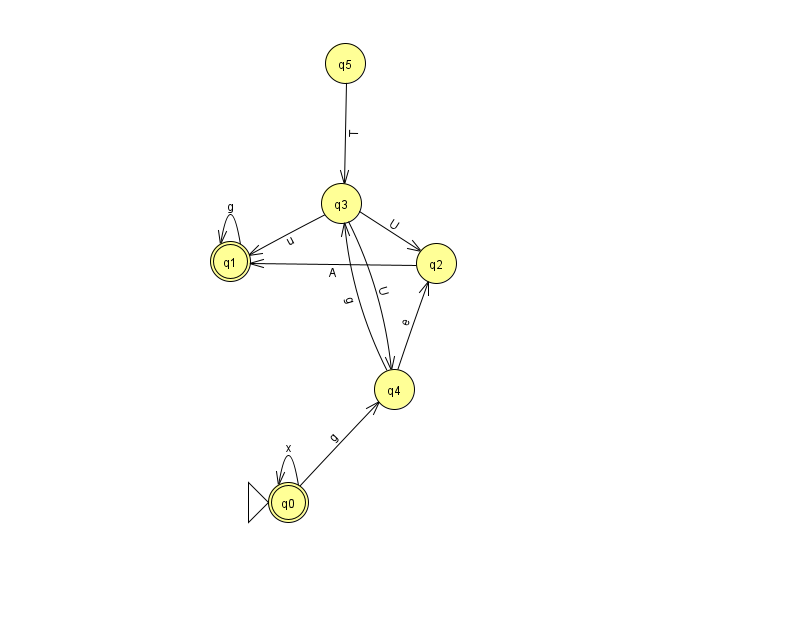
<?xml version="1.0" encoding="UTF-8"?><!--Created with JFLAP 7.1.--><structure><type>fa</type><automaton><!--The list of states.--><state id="0" name="q0"><x>288.0</x><y>489.0</y><initial/><final/></state><state id="1" name="q1"><x>230.0</x><y>248.0</y><final/></state><state id="2" name="q2"><x>436.0</x><y>250.0</y></state><state id="3" name="q3"><x>341.0</x><y>190.0</y></state><state id="4" name="q4"><x>394.0</x><y>376.0</y></state><state id="5" name="q5"><x>345.0</x><y>50.0</y></state><!--The list of transitions.--><transition><from>0</from><to>4</to><read>g</read></transition><transition><from>4</from><to>3</to><read>g</read></transition><transition><from>2</from><to>1</to><read>A</read></transition><transition><from>3</from><to>4</to><read>U</read></transition><transition><from>1</from><to>1</to><read>g</read></transition><transition><from>0</from><to>0</to><read>x</read></transition><transition><from>4</from><to>2</to><read>e</read></transition><transition><from>5</from><to>3</to><read>T</read></transition><transition><from>3</from><to>1</to><read>u</read></transition><transition><from>3</from><to>2</to><read>U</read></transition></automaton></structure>